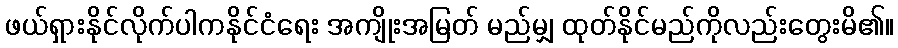
ဖယ်ရှားနိုင်လိုက်ပါကနိုင်ငံရေး အကျိုးအမြတ် မည်မျှ ထုတ်နိုင်မည်ကိုလည်းတွေးမိ၏။